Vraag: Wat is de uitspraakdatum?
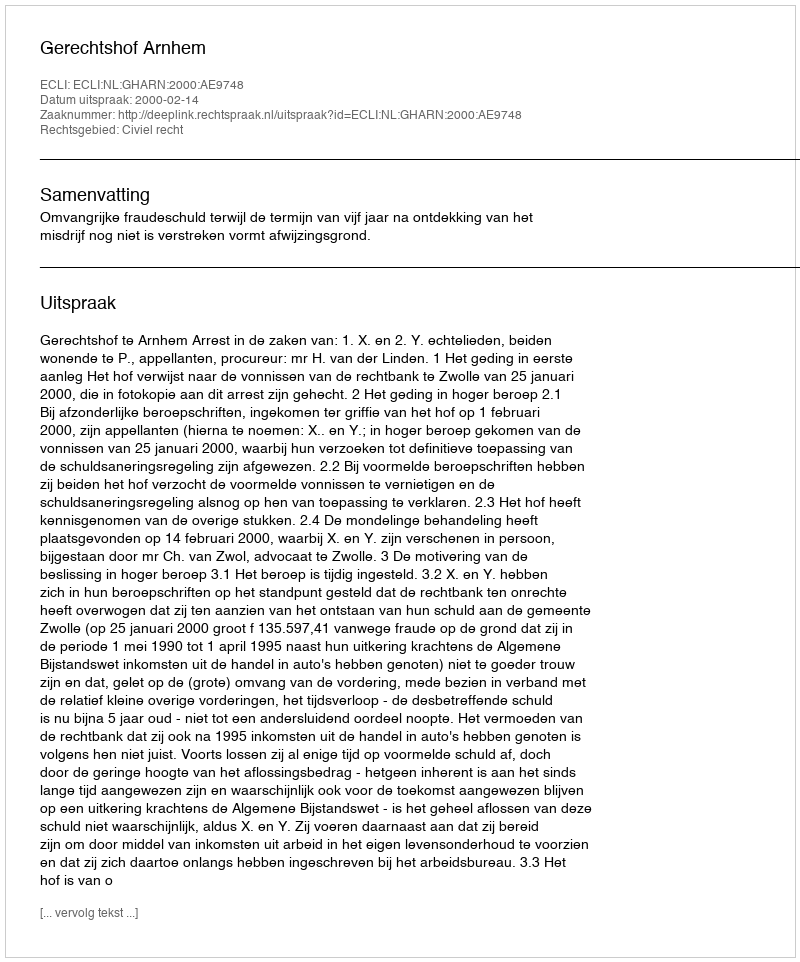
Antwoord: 2000-02-14